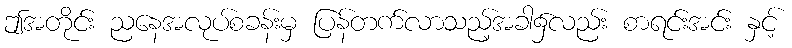
ဤအတိုင်း ညနေအလုပ်စခန်းမှ ပြန်တက်လာသည့်အခါ၌လည်း စာရင်းအင်း နှင့်